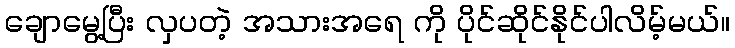
ချောမွေ့ပြီး လှပတဲ့ အသားအရေ ကို ပိုင်ဆိုင်နိုင်ပါလိမ့်မယ်။